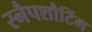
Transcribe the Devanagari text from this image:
स्नैपशौटिंग